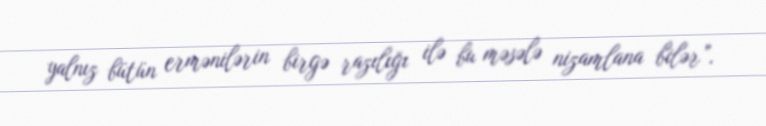
yalnız bütün ermənilərin birgə razılığı ilə bu məsələ nizamlana bilər”.